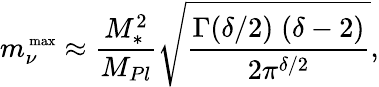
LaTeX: m_{\nu}^{\mathrm{\scriptsize~max}}\approx\frac{M_{\ast}^{2}}{M_{Pl}}\sqrt{\frac{\Gamma(\delta/2)\; (\delta-2)}{2\pi^{\delta/2}}},